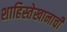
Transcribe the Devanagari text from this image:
शाहिस्तेखानाचीं